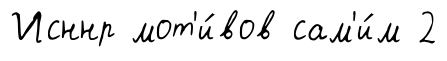
Исннр мот'и́вов сам'и́м 2